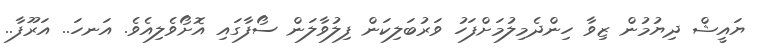
ޔައީޝް ދިޔުމުން ޒިވާ ހިންދެމިލުމަށްފަހު ވަރުބަލިކަން ފިލުވާލަން ސޯފާގައި އޮށޯވެލިއެވެ. އަނހަ.. އަރޫފާ..